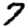
Digit: 7